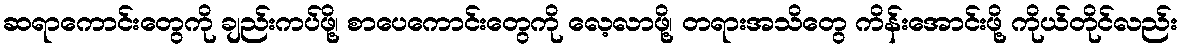
ဆရာကောင်းတွေကို ချည်းကပ်ဖို့၊ စာပေကောင်းတွေကို လေ့လာဖို့၊ တရားအသိတွေ ကိန်းအောင်းဖို့ ကိုယ်တိုင်လည်း